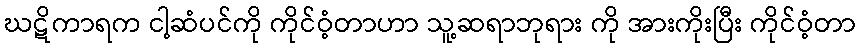
ဃဋိကာရက ငါ့ဆံပင်ကို ကိုင်ဝံ့တာဟာ သူ့ဆရာဘုရား ကို အားကိုးပြီး ကိုင်ဝံ့တာ